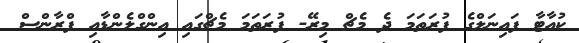
ކުއާޓާ ފައިނަލްގެ ފުރަތަމަ ދެ މެޗް މިރޭ- ފުރަތަމަ މެޗްގައި އިންގްލެންޑާއި ފްރާންސް